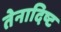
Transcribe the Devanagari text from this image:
तेनादिष्ट